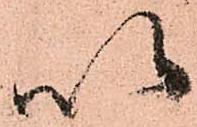
以